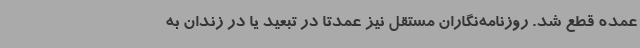
عمده قطع شد. روزنامه‌نگاران مستقل نیز عمدتا در تبعید یا در زندان به